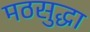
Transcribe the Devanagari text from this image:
मठसुद्धा